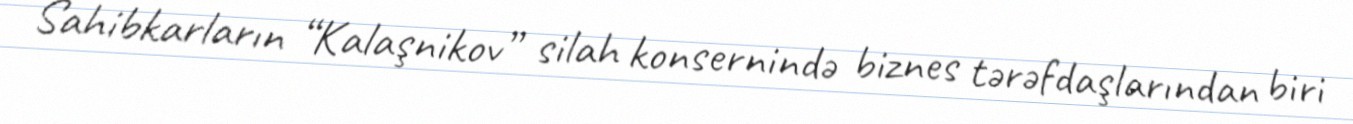
Sahibkarların “Kalaşnikov” silah konsernində biznes tərəfdaşlarından biri